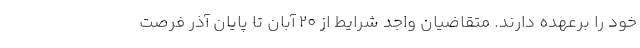
خود را برعهده دارند. متقاضیان واجد شرایط از ۲۰ آبان تا پایان آذر فرصت